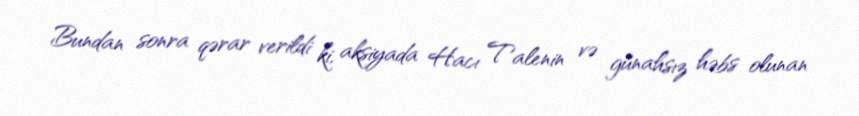
Bundan sonra qərar verildi ki, aksiyada Hacı Talenin və günahsız həbs olunan